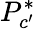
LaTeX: P_{c^{\prime}}^{*}